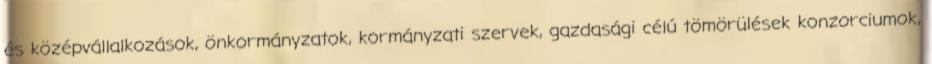
és középvállalkozások, önkormányzatok, kormányzati szervek, gazdasági célú tömörülések konzorciumok,